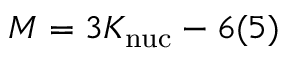
M = 3 K _ { \mathrm { n u c } } - 6 ( 5 )